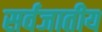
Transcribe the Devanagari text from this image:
सर्वजातीय